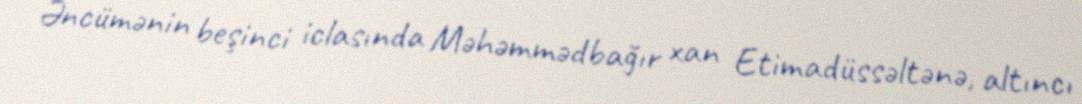
Əncümənin beşinci iclasında Məhəmmədbağır xan Etimadüssəltənə, altıncı